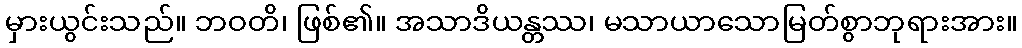
မှားယွင်းသည်။ ဘဝတိ၊ ဖြစ်၏။ အသာဒိယန္တဿ၊ မသာယာသောမြတ်စွာဘုရားအား။